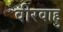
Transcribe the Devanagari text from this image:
वीरवाहु